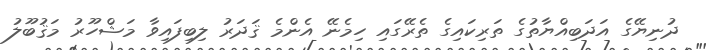
ދުނިޔޭގެ އަދަބިއްޔާތުގެ ތަރިކައިގެ ތެރޭގައި ހިމެނޭ އެންމެ ޤަދަރު ލިބިފައިވާ މަޝްހޫރު މަޤުބޫލު